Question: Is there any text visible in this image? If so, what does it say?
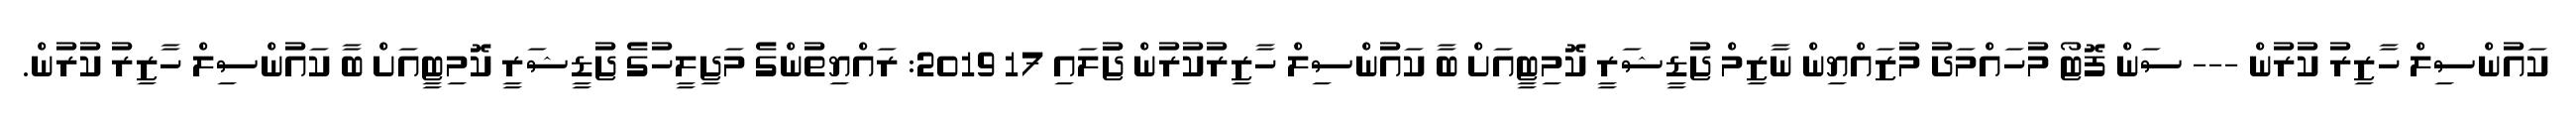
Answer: ކައުންސިލް ހާޒިރު ކުރުން --- ސަން ފޮޓޯ މުހައްމަދު މުޒައްޔިން ނާޒިމް ޖުޑީޝަރީ ކޮމިޓީއަށް ބާ ކައުންސިލް ހާޒިރުކުރުން ޖުަލައި 17 2019: ރައްޔިތުންގެ މަޖިލީހުގެ ޖުޑީޝަރީ ކޮމިޓީއަށް ބާ ކައުންސިލް ހާޒިރު ކުރުން.